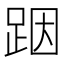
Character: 𮛘